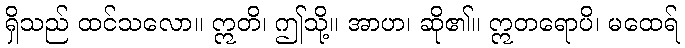
ရှိသည် ထင်သလော။ ဣတိ၊ ဤသို့။ အာဟ၊ ဆို၏။ ဣတရောပိ၊ မထေရ်